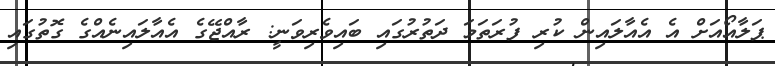
ޕަލާއޯއަށް އެ އެއާލައިން ކުރި ފުރަތަމަ ދަތުރުގައި ބައިވެރިވަނީ: ރާއްޖޭގެ އެއާލައިނެއްގެ ގޮތުގައި